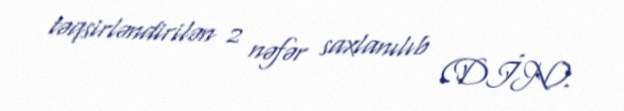
təqsirləndirilən 2 nəfər saxlanılıb (DİN).